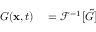
\begin{array} { r l } { G ( \mathbf { x } , t ) } & { { } = \mathcal { F } ^ { - 1 } [ \tilde { G } ] } \end{array}